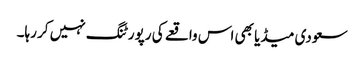
سعودی میڈیا بھی اس واقعے کی رپورٹنگ نہیں کر رہا۔